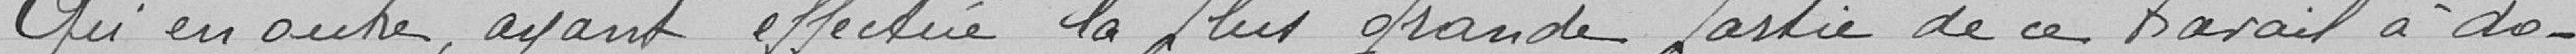
Qu'en outre, ayant effectué la plus grande partie de ce travail à do-